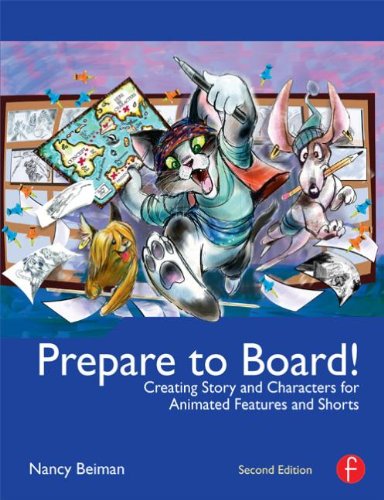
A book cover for Prepare to Board! Creating Story and Characters for Animated Features and Shorts: 2nd Edition; Nancy Beiman; Arts & Photography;